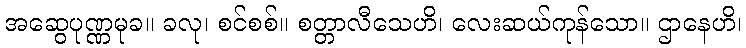
အဆွေပုဏ္ဏမုခ။ ခလု၊ စင်စစ်။ စတ္တာလီသေဟိ၊ လေးဆယ်ကုန်သော။ ဌာနေဟိ၊